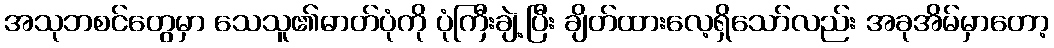
အသုဘစင်တွေမှာ သေသူ၏ဓာတ်ပုံကို ပုံကြီးချဲ့ပြီး ချိတ်ထားလေ့ရှိသော်လည်း အခုအိမ်မှာတော့